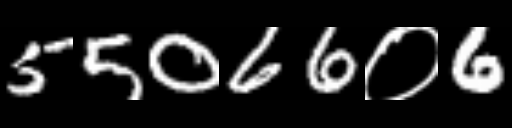
Text: 55066०6